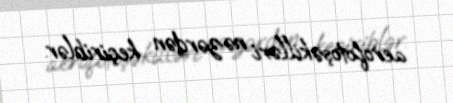
aerofotoşəkilləri nəzərdən keçiriblər.